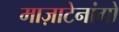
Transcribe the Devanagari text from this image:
माज़ाटेनांगो